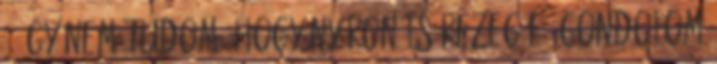
, így nem tudom, hogy nyáron is rezeg-e. Gondolom